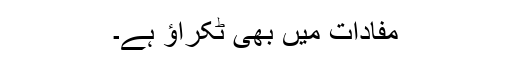
مفادات میں بھی ٹکراؤ ہے۔